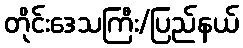
တိုင်းဒေသကြီး/ပြည်နယ်